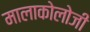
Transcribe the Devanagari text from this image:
मालाकोलोजी